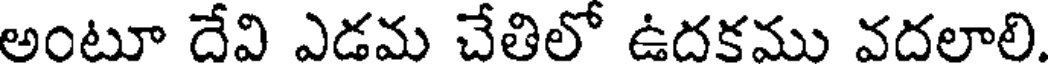
అంటూ దేవి ఎడమ చేతిలో ఉదకము వదలాలి.